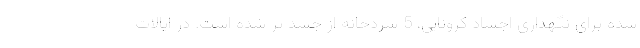
شده برای نگهداری اجساد کرونایی، 5 سردخانه از جسد پر شده است. در ایالات